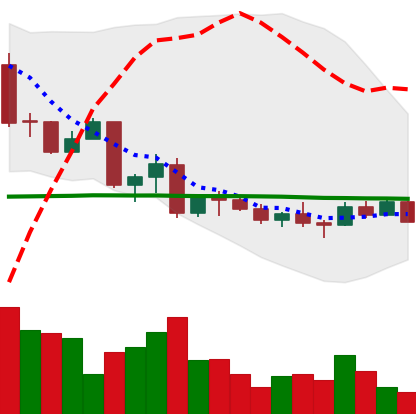
Ticker: EOS-USD
Chart end date: 2022-10-02
Forward return: -3.326%
Label: down_3_5